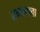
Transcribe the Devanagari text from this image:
प्रगागचा